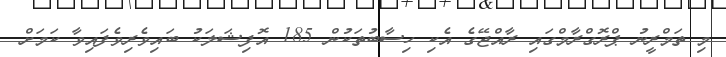
މި ތަމްރީނު ޕްރޮގްރާމްގައި ރާއްޖޭގެ އެކި ހިސާބުތަކުން 185 އޮފިޝަލަކު ބައިވެރިވެފައިވާ ކަމަށް